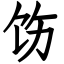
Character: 饬